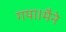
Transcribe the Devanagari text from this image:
गया।मैने